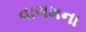
વાગમના